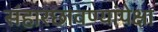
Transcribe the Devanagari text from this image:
संहारछावण्यांपेक्षा